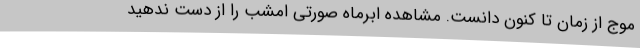
موج از زمان تا کنون دانست. مشاهده اَبَرماه صورتی امشب را از دست ندهید